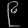
Digit: ၉